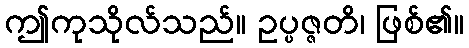
ဤကုသိုလ်သည်။ ဥပ္ပဇ္ဇတိ၊ ဖြစ်၏။